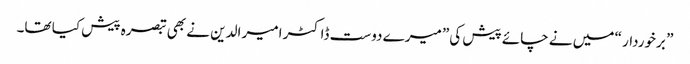
” برخوردار “ میں نے چائے پیش کی” میرے دوست ڈاکٹر امیر الدین نے بھی تبصرہ پیش کیا تھا۔